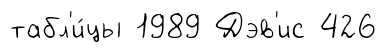
табл'и́цы 1989 Дэв'ис 426